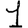
Digit: 1